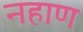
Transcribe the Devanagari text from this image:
नहाण